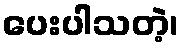
ပေးပါသတဲ့၊